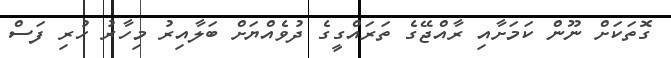
ގޮތަކަށް ނޫން ކަމަށާއި ރާއްޖޭގެ ތަރައްގީގެ ދުވެއްޔަށް ބަލާއިރު މިހާރު ހުރި ފަސް